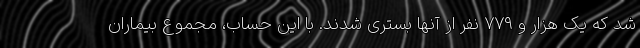
شد که یک هزار و ۷۷۹ نفر از آنها بستری شدند. با این حساب، مجموع بیماران